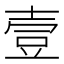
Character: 壹